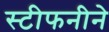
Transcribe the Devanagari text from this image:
स्टीफनीने